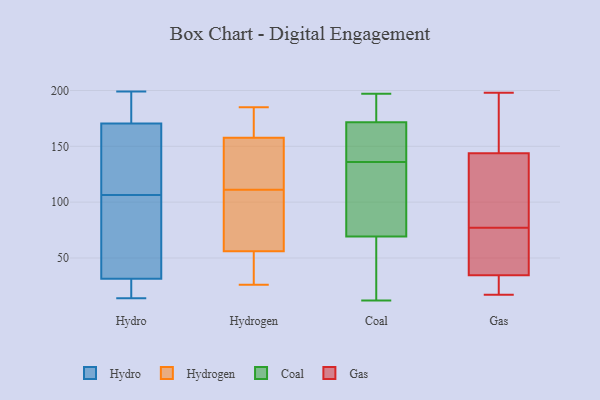
{"axis": {"x": "Latency (ms)", "y": "Value"}, "legend": ["Coal", "Gas", "Hydro", "Hydrogen"], "data": [{"x": "", "y": 188, "type": "Hydro"}, {"x": "", "y": 134, "type": "Hydro"}, {"x": "", "y": 197, "type": "Hydro"}, {"x": "", "y": 68, "type": "Hydro"}, {"x": "", "y": 16, "type": "Hydro"}, {"x": "", "y": 42, "type": "Hydro"}, {"x": "", "y": 199, "type": "Hydro"}, {"x": "", "y": 88, "type": "Hydro"}, {"x": "", "y": 163, "type": "Hydro"}, {"x": "", "y": 21, "type": "Hydro"}, {"x": "", "y": 72, "type": "Hydro"}, {"x": "", "y": 15, "type": "Hydro"}, {"x": "", "y": 116, "type": "Hydro"}, {"x": "", "y": 21, "type": "Hydro"}, {"x": "", "y": 97, "type": "Hydro"}, {"x": "", "y": 14, "type": "Hydro"}, {"x": "", "y": 179, "type": "Hydro"}, {"x": "", "y": 134, "type": "Hydro"}, {"x": "", "y": 178, "type": "Hydro"}, {"x": "", "y": 154, "type": "Hydro"}, {"x": "", "y": 36, "type": "Hydrogen"}, {"x": "", "y": 158, "type": "Hydrogen"}, {"x": "", "y": 91, "type": "Hydrogen"}, {"x": "", "y": 178, "type": "Hydrogen"}, {"x": "", "y": 111, "type": "Hydrogen"}, {"x": "", "y": 68, "type": "Hydrogen"}, {"x": "", "y": 143, "type": "Hydrogen"}, {"x": "", "y": 185, "type": "Hydrogen"}, {"x": "", "y": 157, "type": "Hydrogen"}, {"x": "", "y": 31, "type": "Hydrogen"}, {"x": "", "y": 93, "type": "Hydrogen"}, {"x": "", "y": 26, "type": "Hydrogen"}, {"x": "", "y": 114, "type": "Hydrogen"}, {"x": "", "y": 52, "type": "Hydrogen"}, {"x": "", "y": 163, "type": "Hydrogen"}, {"x": "", "y": 63, "type": "Coal"}, {"x": "", "y": 167, "type": "Coal"}, {"x": "", "y": 64, "type": "Coal"}, {"x": "", "y": 125, "type": "Coal"}, {"x": "", "y": 173, "type": "Coal"}, {"x": "", "y": 71, "type": "Coal"}, {"x": "", "y": 12, "type": "Coal"}, {"x": "", "y": 133, "type": "Coal"}, {"x": "", "y": 186, "type": "Coal"}, {"x": "", "y": 53, "type": "Coal"}, {"x": "", "y": 136, "type": "Coal"}, {"x": "", "y": 197, "type": "Coal"}, {"x": "", "y": 162, "type": "Coal"}, {"x": "", "y": 177, "type": "Coal"}, {"x": "", "y": 171, "type": "Coal"}, {"x": "", "y": 148, "type": "Coal"}, {"x": "", "y": 102, "type": "Coal"}, {"x": "", "y": 77, "type": "Gas"}, {"x": "", "y": 17, "type": "Gas"}, {"x": "", "y": 73, "type": "Gas"}, {"x": "", "y": 39, "type": "Gas"}, {"x": "", "y": 82, "type": "Gas"}, {"x": "", "y": 197, "type": "Gas"}, {"x": "", "y": 150, "type": "Gas"}, {"x": "", "y": 125, "type": "Gas"}, {"x": "", "y": 198, "type": "Gas"}, {"x": "", "y": 29, "type": "Gas"}, {"x": "", "y": 33, "type": "Gas"}]}